Assam Mental Hospital (Tezpur, India) - 1933-1948
Year: 1933
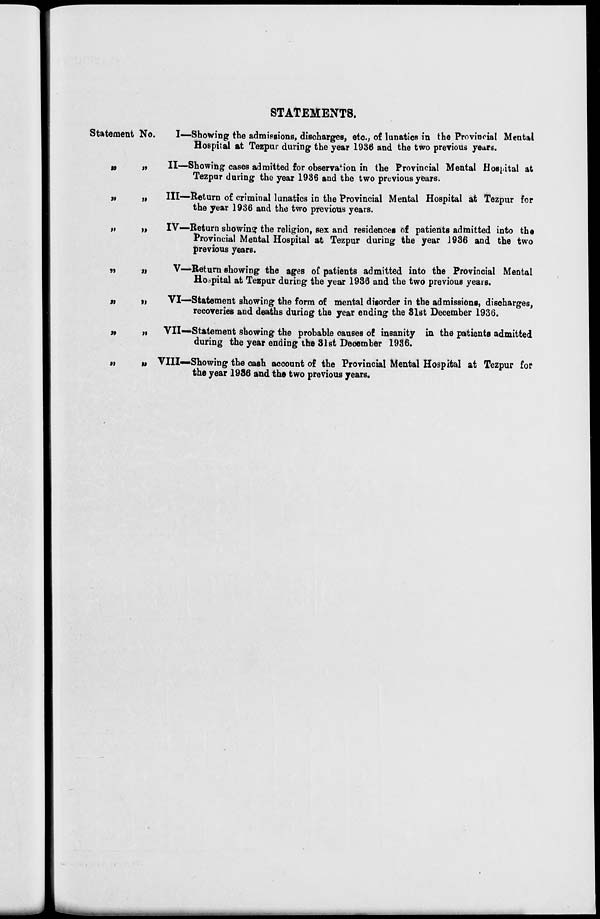
STATEMENTS.
Statement No.
„
„
„ „
„ „
„ „
„ „
„ „
„ „
I—Showing the admissions, discharges, etc., of lunatics in the Provincial Mental
Hospital at Tezpur during the year 1936 and the two previous years.
II—Showing cases admitted for observation in the Provincial Mental Hospital at
Tezpur during the year 1936 and the two previous years.
III—Return of criminal lunatics in the Provincial Mental Hospital at Tezpur for
the year 1936 and the two previous years.
IV—Return showing the religion, sex and residences of patients admitted into the
Provincial Mental Hospital at Tezpur during the year 1936 and the two
previous years.
V—Return showing the ages of patients admitted into the Provincial Mental
Hospital at Tezpur during the year 1936 and the two previous years.
VI—Statement showing the form of mental disorder in the admissions, discharges,
recoveries and deaths during the year ending the 31st December 1936.
VII—Statement showing the probable causes of insanity in the patients admitted
during the year ending the 31st December 1936.
VIII—Showing the cash account of the Provincial Mental Hospital at Tezpur for
the year 1936 and the two previous years.